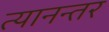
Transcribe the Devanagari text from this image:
त्यानन्तर